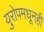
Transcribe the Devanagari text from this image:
युरोपमधूनही